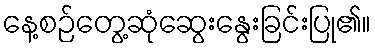
နေ့စဉ်တွေ့ဆုံဆွေးနွေးခြင်းပြု၏။